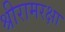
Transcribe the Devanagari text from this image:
श्रीरामरक्षा